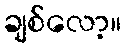
ချစ်လော့။